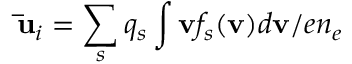
{ \bf { \bar { u } } } _ { i } = \sum _ { s } q _ { s } \int { \bf { v } } f _ { s } ( { \bf { v } } ) d { \bf { v } } / e n _ { e }